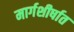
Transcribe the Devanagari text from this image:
मार्गशीर्षात